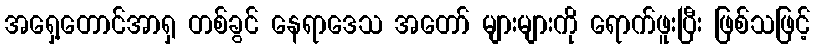
အရှေ့တောင်အာရှ တစ်ခွင် နေရာဒေသ အတော် များများကို ရောက်ဖူးပြီး ဖြစ်သဖြင့်